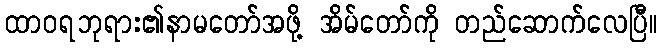
ထာဝရဘုရား၏နာမတော်အဖို့ အိမ်တော်ကို တည်ဆောက်လေပြီ။